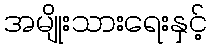
အမျိုးသားရေးနှင့်